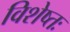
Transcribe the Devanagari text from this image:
विशेष्तः